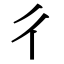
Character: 彳